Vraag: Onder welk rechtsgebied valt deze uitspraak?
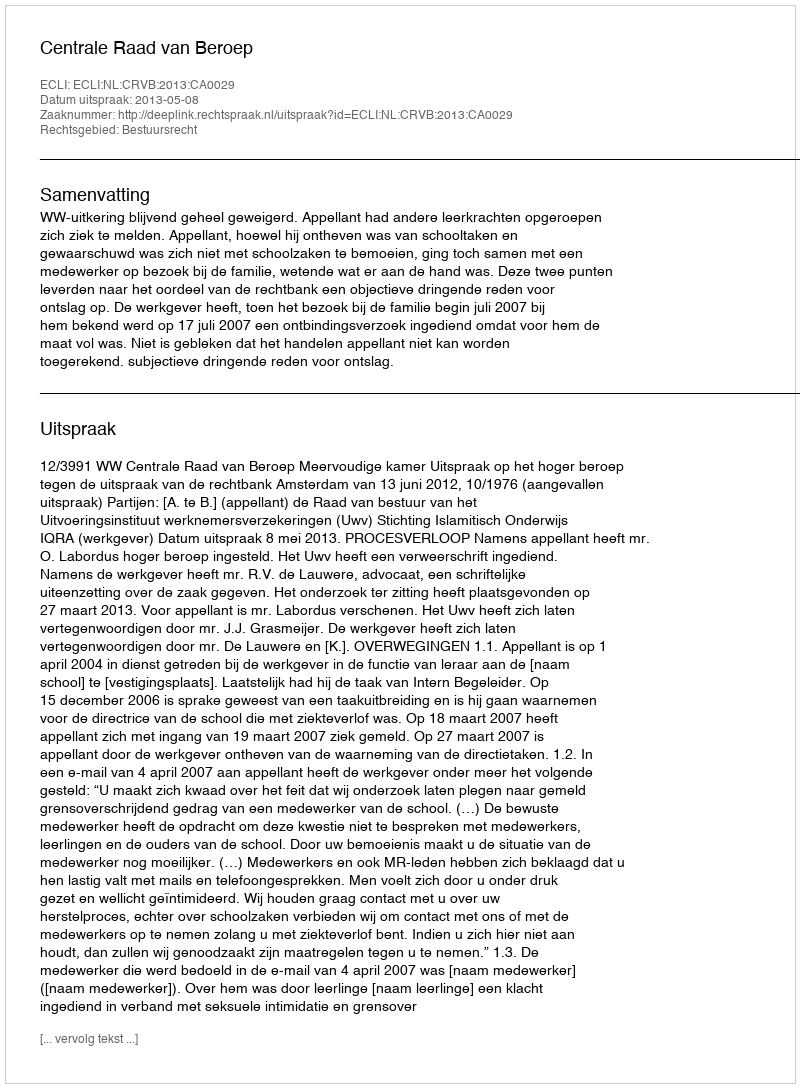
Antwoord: Bestuursrecht